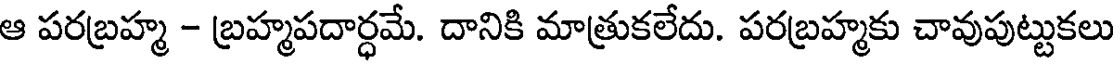
ఆ పరబ్రహ్మ - బ్రహ్మపదార్ధమే. దానికి మాత్రుకలేదు. పరబ్రహ్మకు చావుపుట్టుకలు